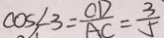
\cos \angle 3 = \frac { C D } { A C } = \frac { 3 } { 5 }